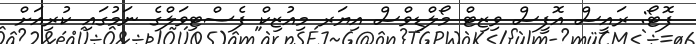
ފޮޓޯ: ރައީސް އޮފީސް ވިޒިޓް މޯލްޑިވްސް އިޔަރ މިއުޒިކް ފެސްޓިވަލްގެ ނަމުގައި ކުރިއަށް